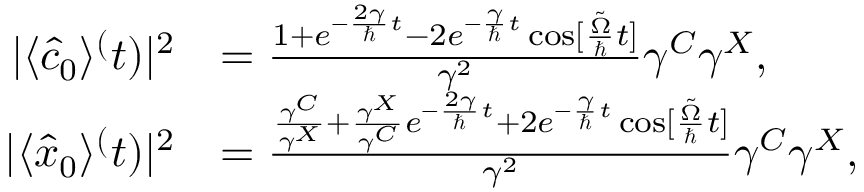
\begin{array} { r l } { | \langle \hat { c } _ { 0 } \rangle ^ ( t ) | ^ { 2 } } & { = \frac { 1 + e ^ { - \frac { 2 \gamma } { \hbar } t } - 2 e ^ { - \frac { \gamma } { \hbar } t } \cos [ \frac { \tilde { \Omega } } { \hbar } t ] } { \gamma ^ { 2 } } \gamma ^ { C } \gamma ^ { X } , } \\ { | \langle \hat { x } _ { 0 } \rangle ^ ( t ) | ^ { 2 } } & { = \frac { \frac { \gamma ^ { C } } { \gamma ^ { X } } + \frac { \gamma ^ { X } } { \gamma ^ { C } } e ^ { - \frac { 2 \gamma } { \hbar } t } + 2 e ^ { - \frac { \gamma } { \hbar } t } \cos [ \frac { \tilde { \Omega } } { \hbar } t ] } { \gamma ^ { 2 } } \gamma ^ { C } \gamma ^ { X } , } \end{array}